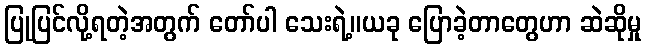
ပြုပြင်လို့ရတဲ့အတွက် တော်ပါ သေးရဲ့။ယခု ပြောခဲ့တာတွေဟာ ဆဲဆိုမှု